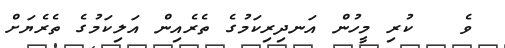
ވެ   ކުރި މީހުން އަނދިރިކަމުގެ ތެރެއިން އަލިކަމުގެ ތެރެޔަށް